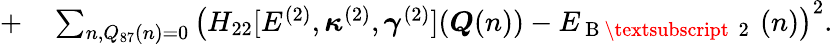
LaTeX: \begin{array}{rl}{+}&{{}\sum_{n,Q_{87}(n)=0}\left(H_{22}[E^{(2)},\boldsymbol{\kappa}^{(2)},\boldsymbol{\gamma}^{(2)}](\boldsymbol{Q}(n))-E_{\mathrm{~B~\textsubscript~{~2~}~}}(n)\right)^{2}.}\end{array}